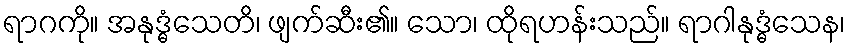
ရာဂကို။ အနုဒ္ဓံသေတိ၊ ဖျက်ဆီး၏။ သော၊ ထိုရဟန်းသည်။ ရာဂါနုဒ္ဓံသေန၊